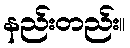
နည်းတည်း။